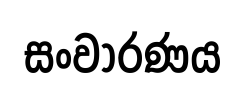
සංවාරණය